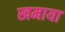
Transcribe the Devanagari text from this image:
खमाया